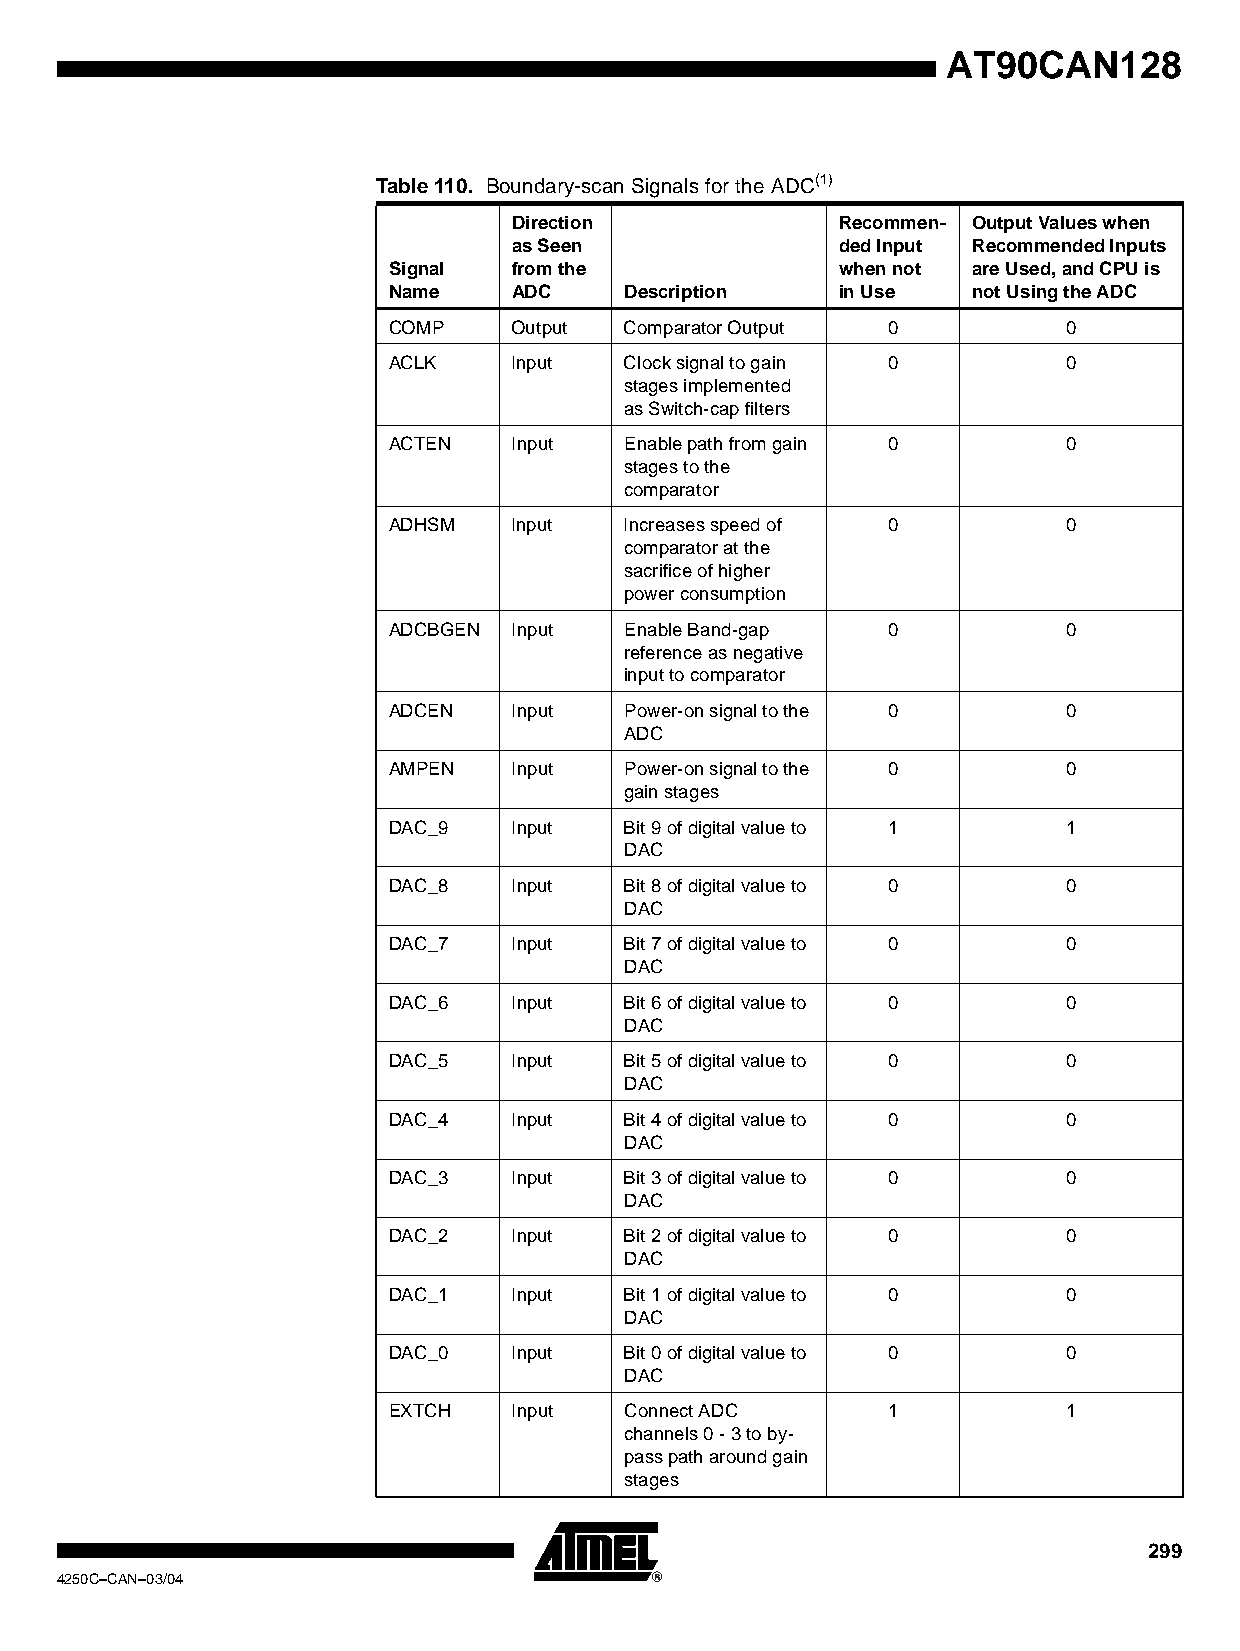
AT90CAN128
 Table 110. Boundary-scan Signals for the ADC(1)
 Direction             Recommen- Output Values when
 as Seen               ded Input Recommended Inputs
 Signal  from the              when not are Used, and CPU is
 Name    ADC    Description    in Use  not Using the ADC
 COMP    Output Comparator Output 0           0
 ACLK    Input  Clock signal to gain 0        0
 stages implemented
 as Switch-cap filters
 ACTEN   Input  Enable path from gain 0       0
 stages to the
 comparator
 ADHSM   Input  Increases speed of 0          0
 comparator at the
 sacrifice of higher
 power consumption
 ADCBGEN Input  Enable Band-gap   0           0
 reference as negative
 input to comparator
 ADCEN   Input  Power-on signal to the 0      0
 ADC
 AMPEN   Input  Power-on signal to the 0      0
 gain stages
 DAC_9   Input  Bit 9 of digital value to 1   1
 DAC
 DAC_8   Input  Bit 8 of digital value to 0   0
 DAC
 DAC_7   Input  Bit 7 of digital value to 0   0
 DAC
 DAC_6   Input  Bit 6 of digital value to 0   0
 DAC
 DAC_5   Input  Bit 5 of digital value to 0   0
 DAC
 DAC_4   Input  Bit 4 of digital value to 0   0
 DAC
 DAC_3   Input  Bit 3 of digital value to 0   0
 DAC
 DAC_2   Input  Bit 2 of digital value to 0   0
 DAC
 DAC_1   Input  Bit 1 of digital value to 0   0
 DAC
 DAC_0   Input  Bit 0 of digital value to 0   0
 DAC
 EXTCH   Input  Connect ADC       1           1
 channels 0 - 3 to by-
 pass path around gain
 stages
 299
 4250C–CAN–03/04